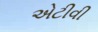
એટીવી